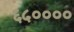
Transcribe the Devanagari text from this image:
६५००००